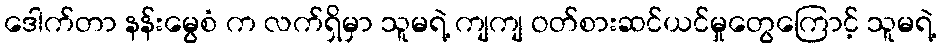
ဒေါက်တာ နန်းမွေစံ က လက်ရှိမှာ သူမရဲ့ ကျကျ ဝတ်စားဆင်ယင်မှုတွေကြောင့် သူမရဲ့